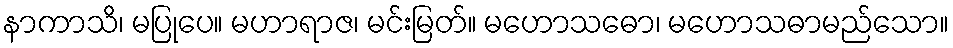
နာကာသိ၊ မပြုပေ။ မဟာရာဇ၊ မင်းမြတ်။ မဟောသဓော၊ မဟောသဓာမည်သော။